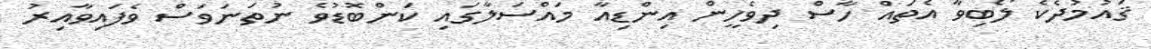
ޤައުމުދެކެ ލޯބިވާ އެތައް ހާސް ދިވެހީން އިންޑިއާ މައްސަލާގައި ކަންބޮޑުވެ ނުތަނަވަސް ވެފައިވާއިރު